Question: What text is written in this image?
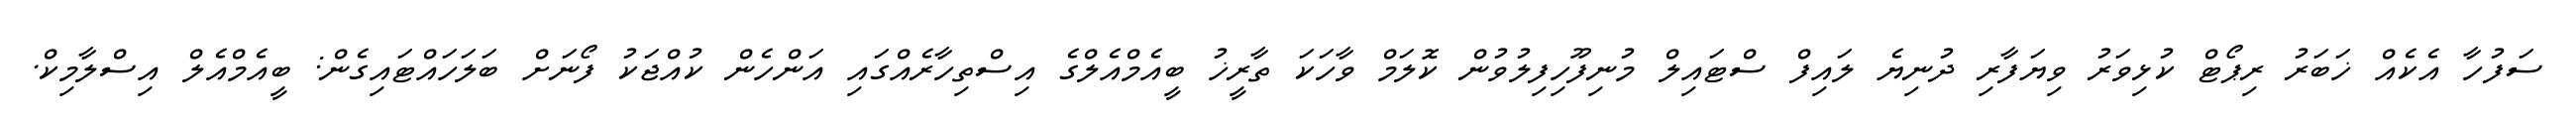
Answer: ސަފުހާ އެކެއް ޚަބަރު ރިޕޯޓް ކުޅިވަރު ވިޔަފާރި ދުނިޔެ ލައިފް ސްޓައިލް މުނިފޫހިފިލުވުން ކޮލަމް ވާހަކަ ތާރީޚު ބީއެމްއެލްގެ އިސްތިހާރެއްގައި އަންހެން ކުއްޖަކު ފޯނަށް ބަލަހައްޓައިގެން: ބީއެމްއެލް އިސްލާމިކް.